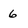
Character: 6